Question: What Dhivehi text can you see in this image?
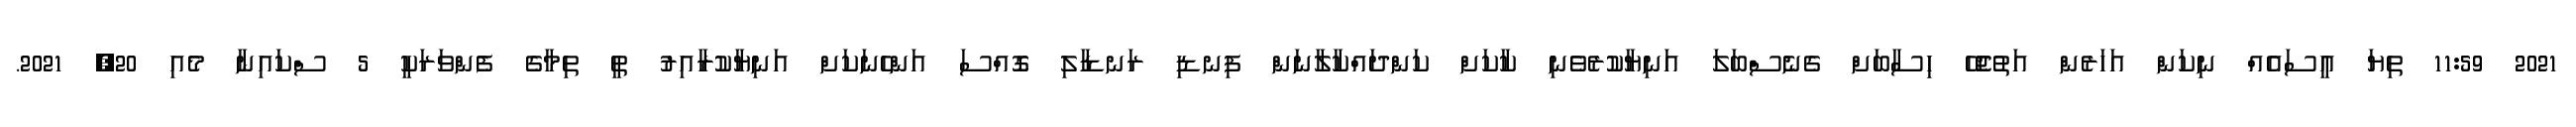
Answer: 2021 11:59 ތިޔަ އީސައެއް ނިކަން އަހަރެން އަތުޖެހޭ ހިސާބަށް ގެނެސްބަލަ އަނިޔާކުރެވެނި ކާކަށް ކަންދައްކާލާނަން ފިނޑި ރަނޑާލި ގޮއްސަ އަންހެނަކަށް އަނިޔާކުރާއިރު ތީ ތިމާގެ ފެންވަރަކީ 5 ސްކައިނާ މެއި 20, 2021.